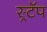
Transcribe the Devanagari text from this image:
स्र्टॅप